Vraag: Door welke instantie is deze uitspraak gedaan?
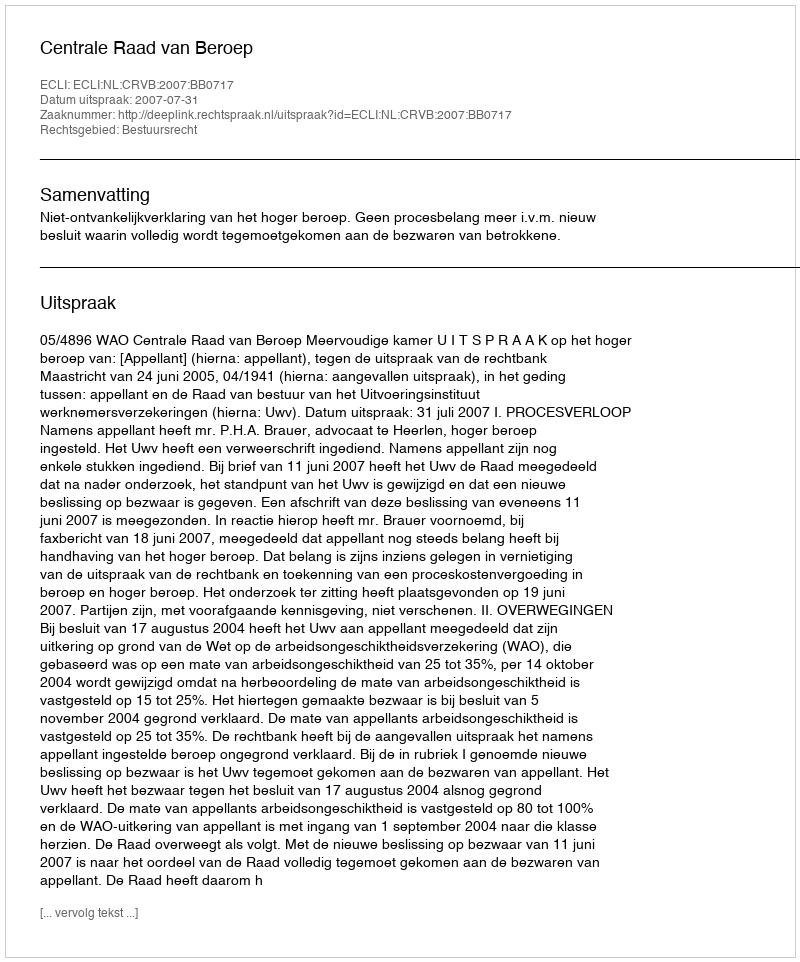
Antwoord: Centrale Raad van Beroep